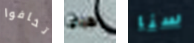
تخافوا هباء سنا